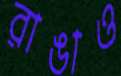
রাঙাও